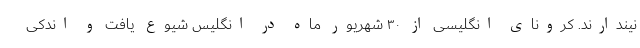
نیندارند. کرونای انگلیسی از ۳۰ شهریور ماه در انگلیس شیوع یافت و اندکی